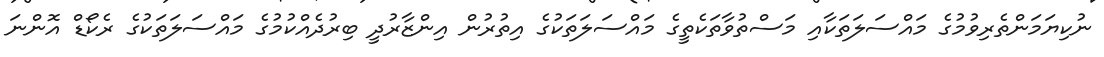
ނުކިޔަމަންތެރިވުމުގެ މައްސަލަތަކާއި މަސްތުވާތަކެތީގެ މައްސަލަތަކުގެ އިތުރުން އިންޒާރުދީ ބިރުދެއްކުމުގެ މައްސަލަތަކުގެ ރެކޯޑް އޮންނަ